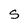
Character: S